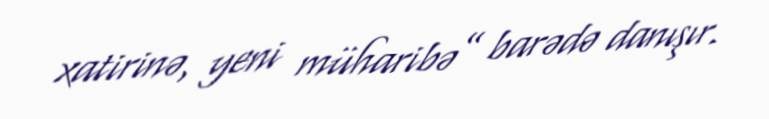
xatirinə, yeni müharibə” barədə danışır.